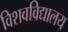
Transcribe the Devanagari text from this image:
विशवविद्यालय